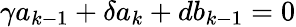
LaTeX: \gamma a_{k-1}+\delta a_{k}+db_{k-1}=0